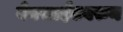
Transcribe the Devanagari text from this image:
वेबसाईटवरुन